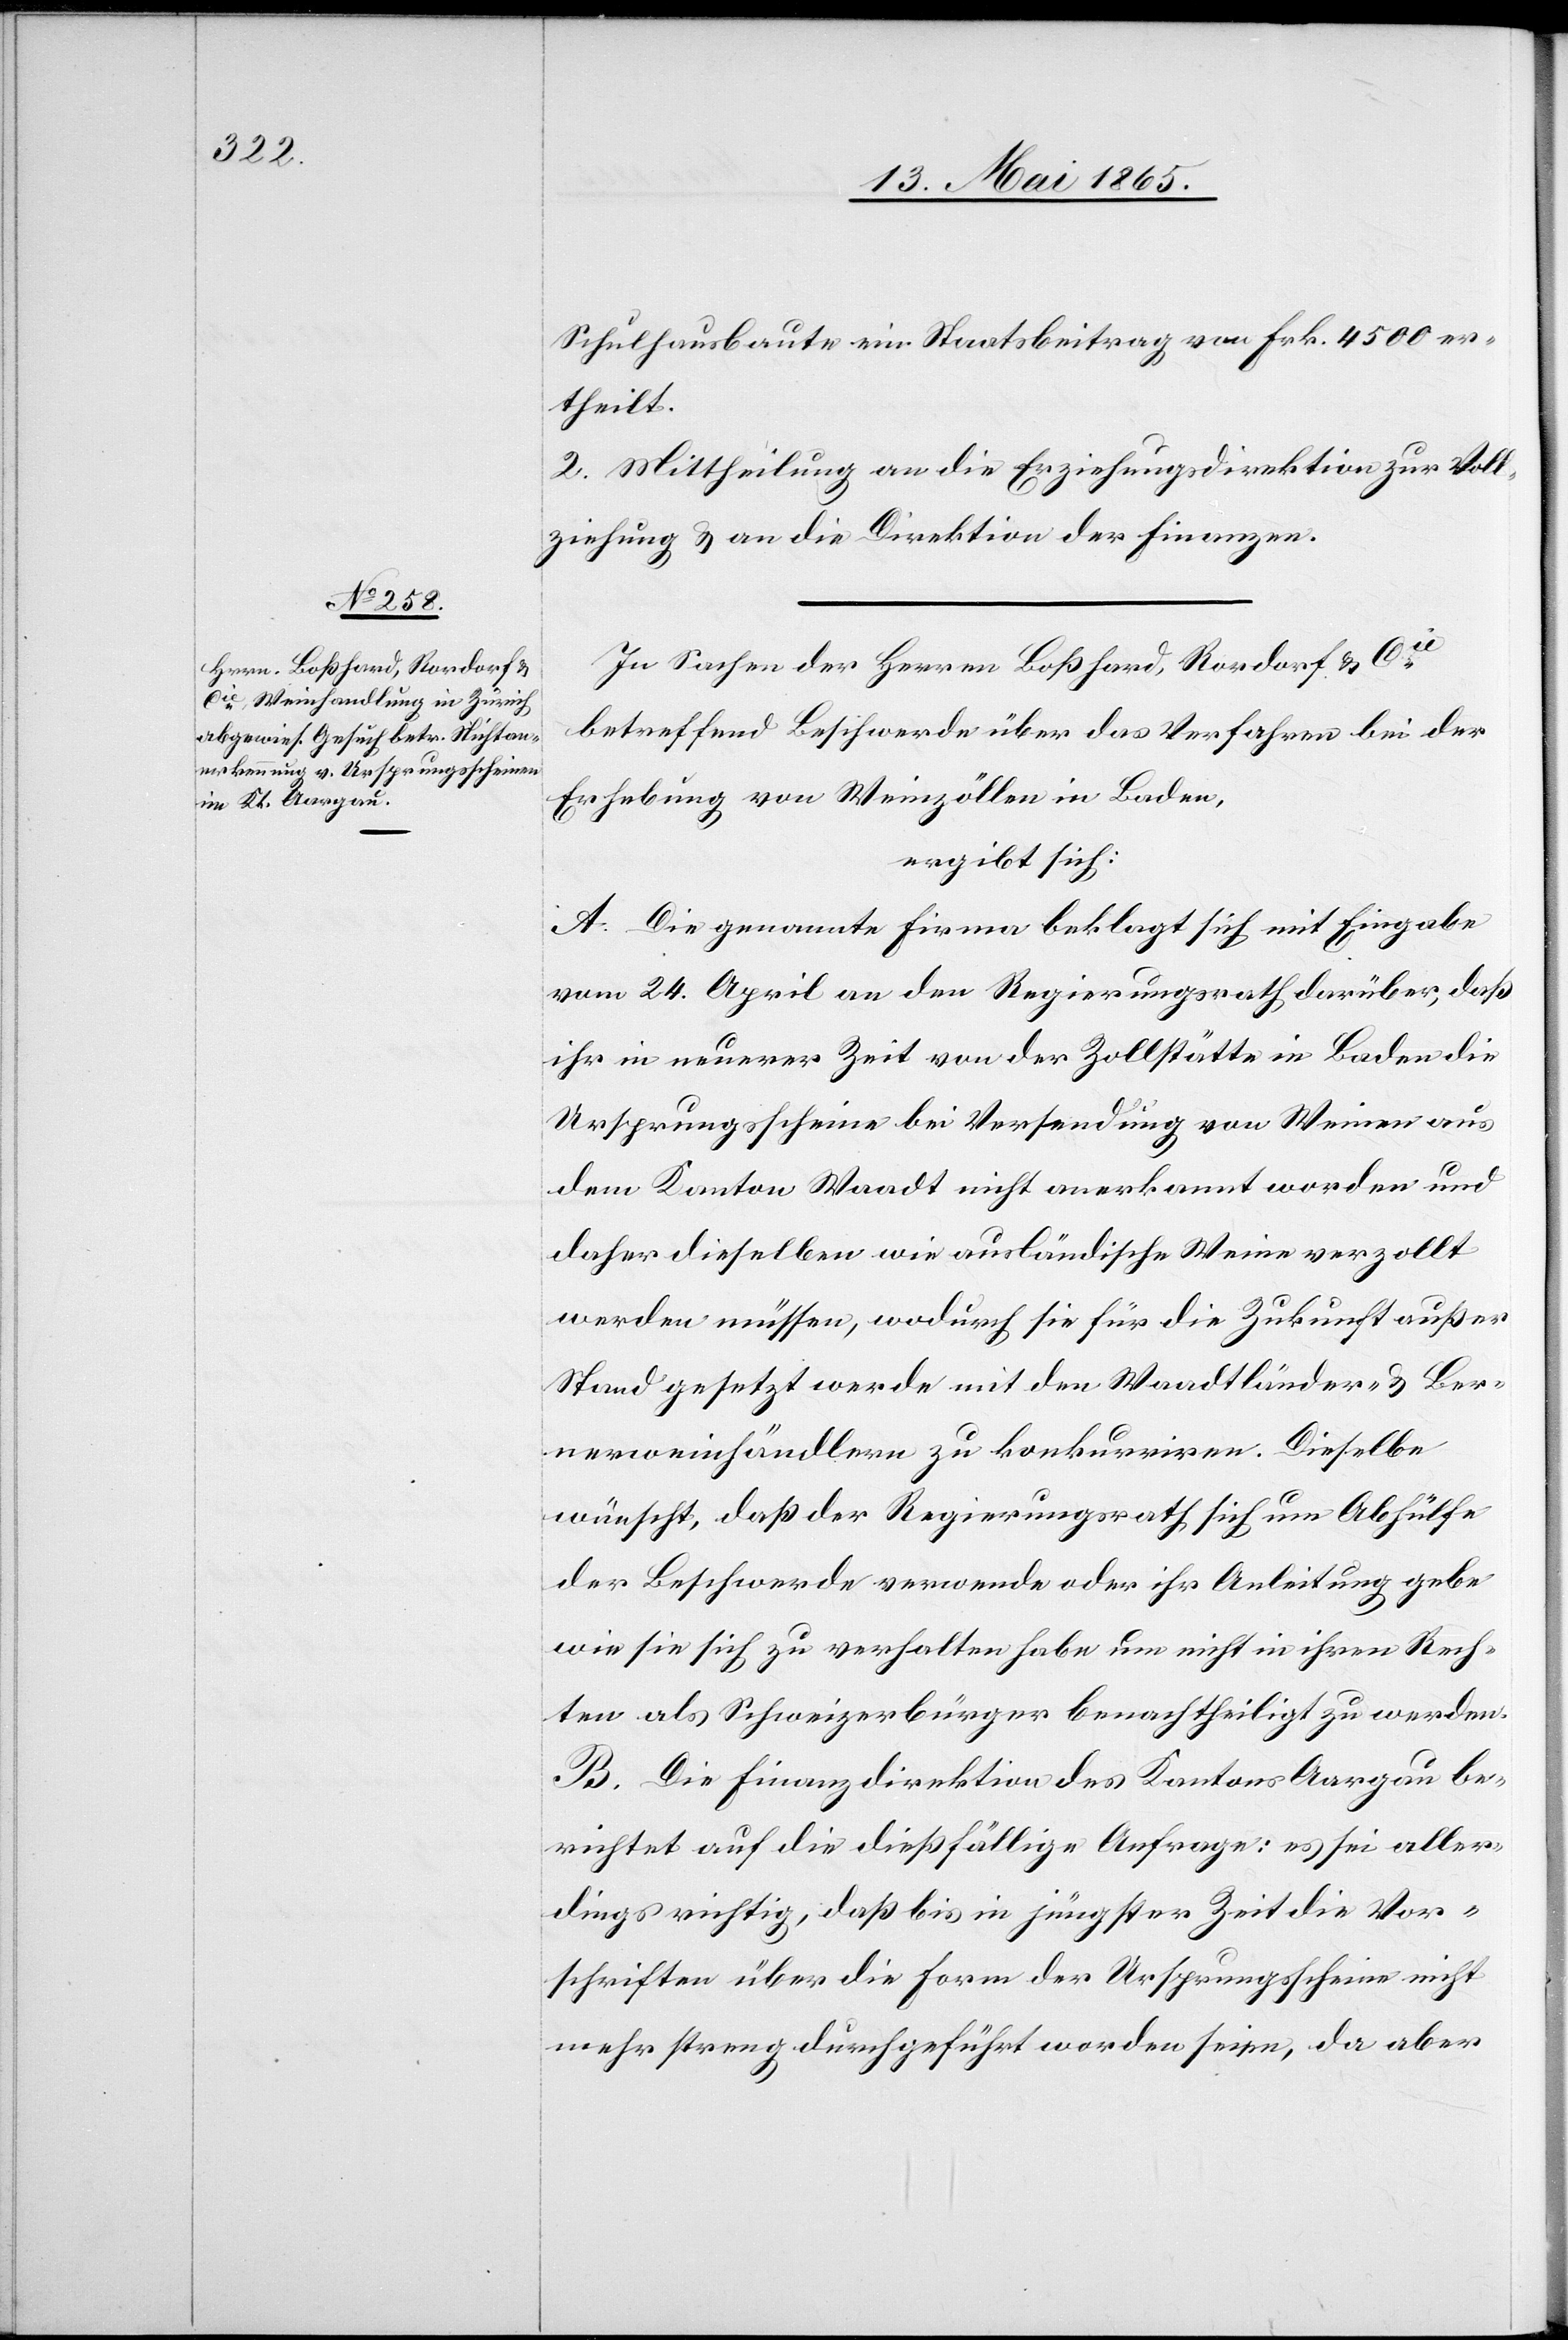
Schulhausbaute ein Staatsbeitrag von Frk. 4500 er¬
theilt.
2. Mittheilung an die Erziehungsdirektion zur Voll¬
ziehung & an die Direktion der Finanzen.
In Sachen der Herren Boßhard, Rordorf & Cie
betreffend Beschwerde über das Verfahren bei der
Erhebung von Weinzöllen in Baden,
ergibt sich:
A. Die genannte Firma beklagt sich mit Eingabe
vom 24. April an den Regierungsrath darüber, daß
ihr in neuerer Zeit von der Zollstätte in Baden die
Ursprungsscheine bei Versendung von Weinen aus
dem Kanton Waadt nicht anerkannt worden und
daher dieselben wie ausländische Weine verzollt
werden müssen, wodurch sie für die Zukunft außer
Stand gesetzt werde mit den Waadtländer- & Ber¬
nerweinhändlern zu konkurriren. Dieselbe
wünscht, daß der Regierungsrath sich um Abhülfe
der Beschwerde verwende oder ihr Anleitung gebe
wie sie sich zu verhalten habe um nicht in ihren Rech¬
ten als Schweizerbürger benachtheiligt zu werden.
B. Die Finanzdirektion des Kantons Aargau be¬
richtet auf die dießfällige Anfrage: es sei aller¬
dings richtig, daß bis in jüngster Zeit die Vor¬
schriften über die Form der Ursprungsscheine nicht
mehr streng durchgeführt worden seien, da aber